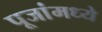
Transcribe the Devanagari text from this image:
पूजांमध्ये